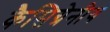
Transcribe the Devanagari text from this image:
कैसिग्रेनीय